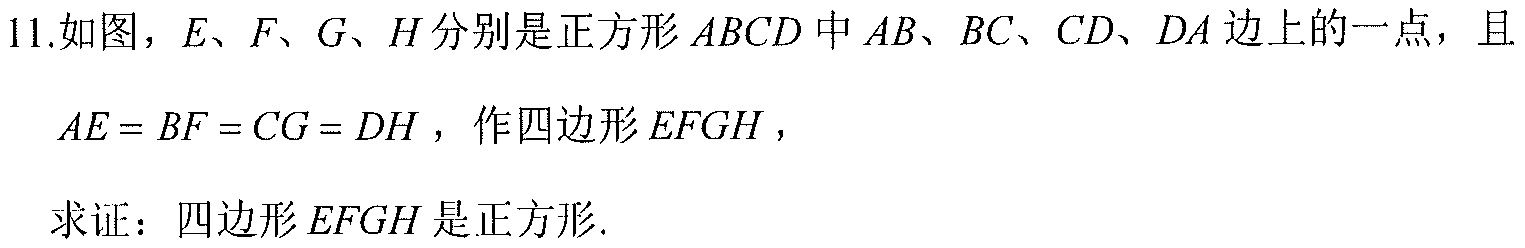
11.如图，\(E\)、\(F\)、\(G\)、\(H\)分别是正方形\(ABCD\)中\(AB\)、\(BC\)、\(CD\)、\(DA\)边上的一点，且
\(AE = BF = CG = DH\)，作四边形\(EFGH\)，
求证：四边形\(EFGH\)是正方形.